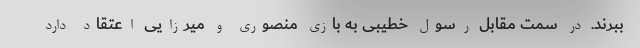
ببرند. در سمت مقابل رسول خطیبی به بازی منصوری و میرزایی اعتقاد دارد